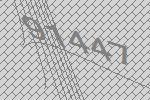
91447